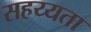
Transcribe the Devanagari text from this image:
सहय्यता